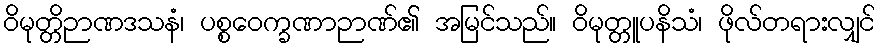
ဝိမုတ္တိဉာဏဒသနံ၊ ပစ္စဝေက္ခဏာဉာဏ်၏ အမြင်သည်။ ဝိမုတ္တူပနိသံ၊ ဖိုလ်တရားလျှင်